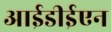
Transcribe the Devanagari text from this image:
आईडीईएन